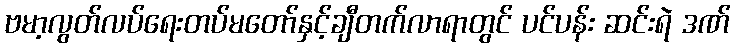
ဗမာ့လွတ်လပ်ရေးတပ်မတော်နှင့်ချီတက်လာရာတွင် ပင်ပန်း ဆင်းရဲ ဒဏ်